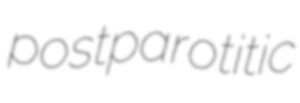
postparotitic